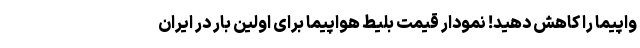
واپیما را کاهش دهید! نمودار قیمت بلیط هواپیما برای اولین بار در ایران